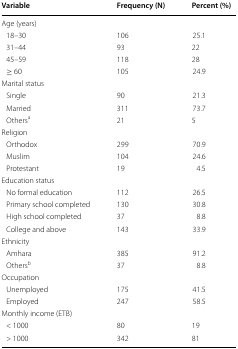
<table><thead><tr><td><b>Variable</b></td><td><b>Frequency (N)</b></td><td><b>Percent (%)</b></td></tr></thead><tbody><tr><td colspan="3">Age (years)</td></tr><tr><td> 18–30</td><td>106</td><td>25.1</td></tr><tr><td> 31–44</td><td>93</td><td>22</td></tr><tr><td> 45–59</td><td>118</td><td>28</td></tr><tr><td> ≥ 60</td><td>105</td><td>24.9</td></tr><tr><td colspan="3">Marital status</td></tr><tr><td> Single</td><td>90</td><td>21.3</td></tr><tr><td> Married</td><td>311</td><td>73.7</td></tr><tr><td> Others<sup>a</sup></td><td>21</td><td>5</td></tr><tr><td colspan="3">Religion</td></tr><tr><td> Orthodox</td><td>299</td><td>70.9</td></tr><tr><td> Muslim</td><td>104</td><td>24.6</td></tr><tr><td> Protestant</td><td>19</td><td>4.5</td></tr><tr><td colspan="3">Education status</td></tr><tr><td> No formal education</td><td>112</td><td>26.5</td></tr><tr><td> Primary school completed</td><td>130</td><td>30.8</td></tr><tr><td> High school completed</td><td>37</td><td>8.8</td></tr><tr><td> College and above</td><td>143</td><td>33.9</td></tr><tr><td colspan="3">Ethnicity</td></tr><tr><td> Amhara</td><td>385</td><td>91.2</td></tr><tr><td> Others<sup>b</sup></td><td>37</td><td>8.8</td></tr><tr><td colspan="3">Occupation</td></tr><tr><td> Unemployed</td><td>175</td><td>41.5</td></tr><tr><td> Employed</td><td>247</td><td>58.5</td></tr><tr><td colspan="3">Monthly income (ETB)</td></tr><tr><td> &lt; 1000</td><td>80</td><td>19</td></tr><tr><td> &gt; 1000</td><td>342</td><td>81</td></tr></tbody></table>